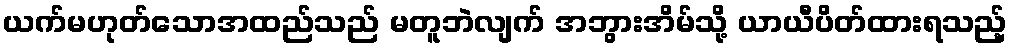
ယက်မဟုတ်သောအထည်သည် မတူဘဲလျက် အဘွားအိမ်သို့ ယာယီပိတ်ထားရသည့်